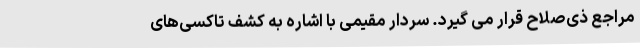
مراجع ذی‌صلاح قرار می گیرد. سردار مقیمی با اشاره به کشف تاکسی‌های